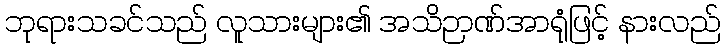
ဘုရားသခင်သည် လူသားများ၏ အသိဉာဏ်အာရုံဖြင့် နားလည်